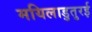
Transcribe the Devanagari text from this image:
मयिलाडुतुरई